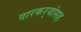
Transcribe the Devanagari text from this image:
वारकर्‍यांसह